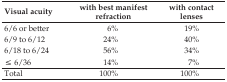
| Visual acuity | with best manifest refraction | with contact lenses |
 | --- | --- | --- |
 | 6/6 or better | 6% | 19% |
 | 6/9 to 6/12 | 24% | 40% |
 | 6/18 to 6/24 | 56% | 34% |
 | ≤ 6/36 | 14% | 7% |
 | Total | 100% | 100% |